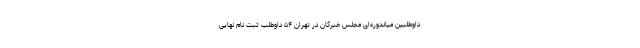
داوطلبین میاندوره‌ای مجلس خبرگان در تهران ۵۴ داوطلب ثبت نام نهایی